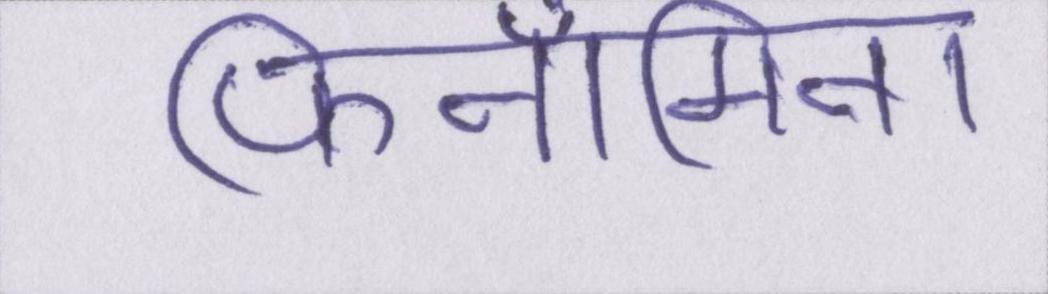
फिनॉमिना